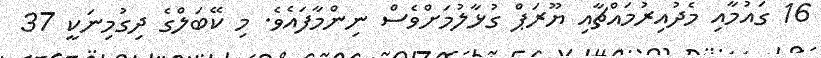
16 ގައުމާއި މެދުއިރުމައްޗާއި ޔޫރަޕް ގުޅާލުމަށްވެސް ނިންމާފައެވެ. މި ކޭބަލްގެ ދިގުމިނަކީ 37